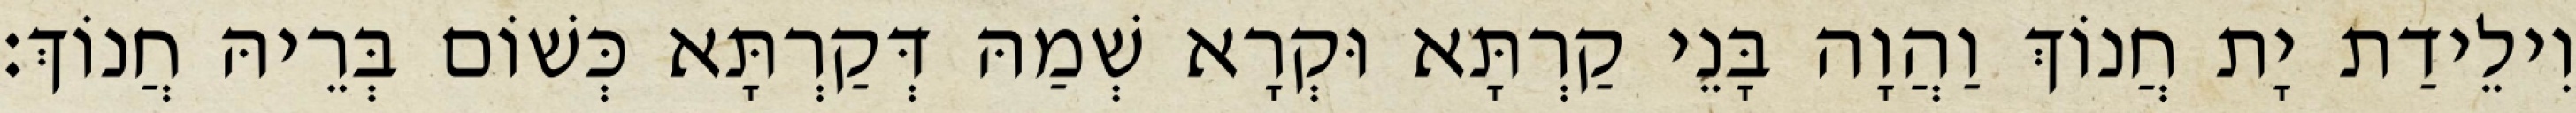
וִילֵידַת יָת חֲנוֹךְ וַהֲוָה בָּנֵי קַרְתָּא וּקְרָא שְׁמַהּ דְּקַרְתָּא כְּשׁוֹם בְּרֵיהּ חֲנוֹךְ׃